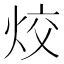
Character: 烄